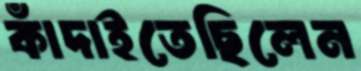
কাঁদাইতেছিলেন